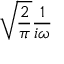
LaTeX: { \sqrt { \frac { 2 } { \pi } } } { \frac { 1 } { i \omega } }